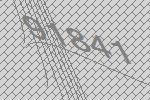
91841